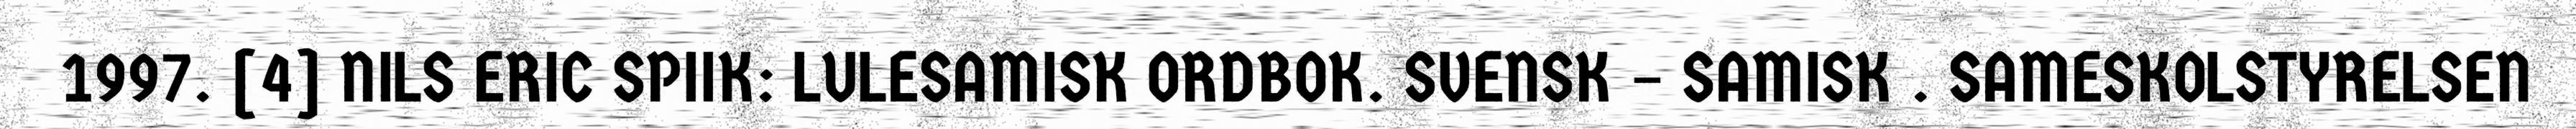
1997. [4] NILS ERIC SPIIK: LULESAMISK ORDBOK. SVENSK – SAMISK . SAMESKOLSTYRELSEN